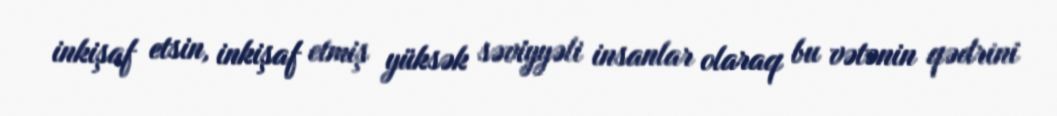
inkişaf etsin, inkişaf etmiş yüksək səviyyəli insanlar olaraq bu vətənin qədrini